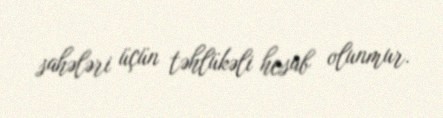
sahələri üçün təhlükəli hesab olunmur.